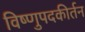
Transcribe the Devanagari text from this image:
विष्णुपदकीर्तन